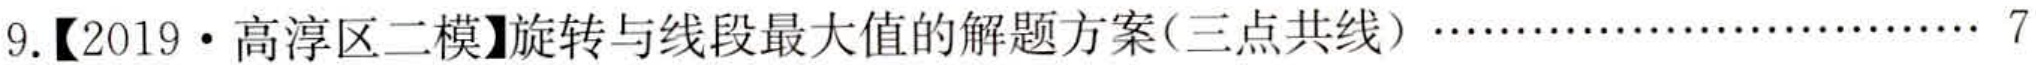
9.【2019·高淳区二模】旋转与线段最大值的解题方案(三点共线)………………… 7